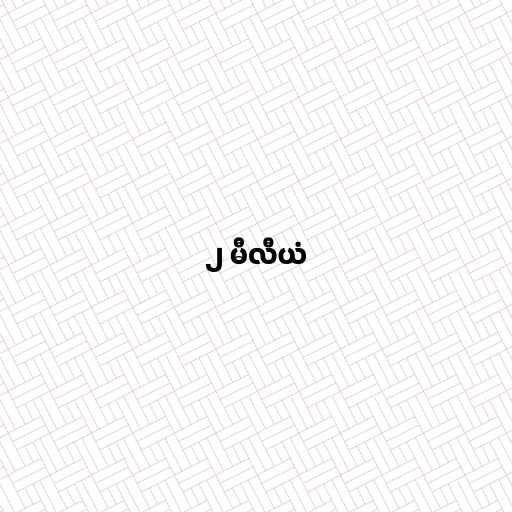
၂ မီလီယံ